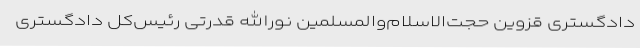
دادگستری قزوین حجت‌الاسلام‌والمسلمین نورالله قدرتی رئیس‌کل دادگستری